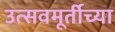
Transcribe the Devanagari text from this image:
उत्सवमूर्तीच्या